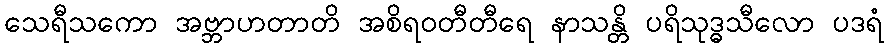
သေရီသကော အဗ္ဘာဟတာတိ အစိရဝတီတီရေ နာသန္တိ ပရိသုဒ္ဓသီလော ပဒရံ